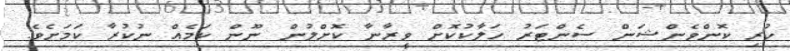
ހުރި ކޮންވެންޝަން ސެންޓަރު ހަލާކުކޮށް ވީރާނާ ކޮށްލުން ނޫން ކަމެއް ނުކުރާ ކަމަށެވެ.